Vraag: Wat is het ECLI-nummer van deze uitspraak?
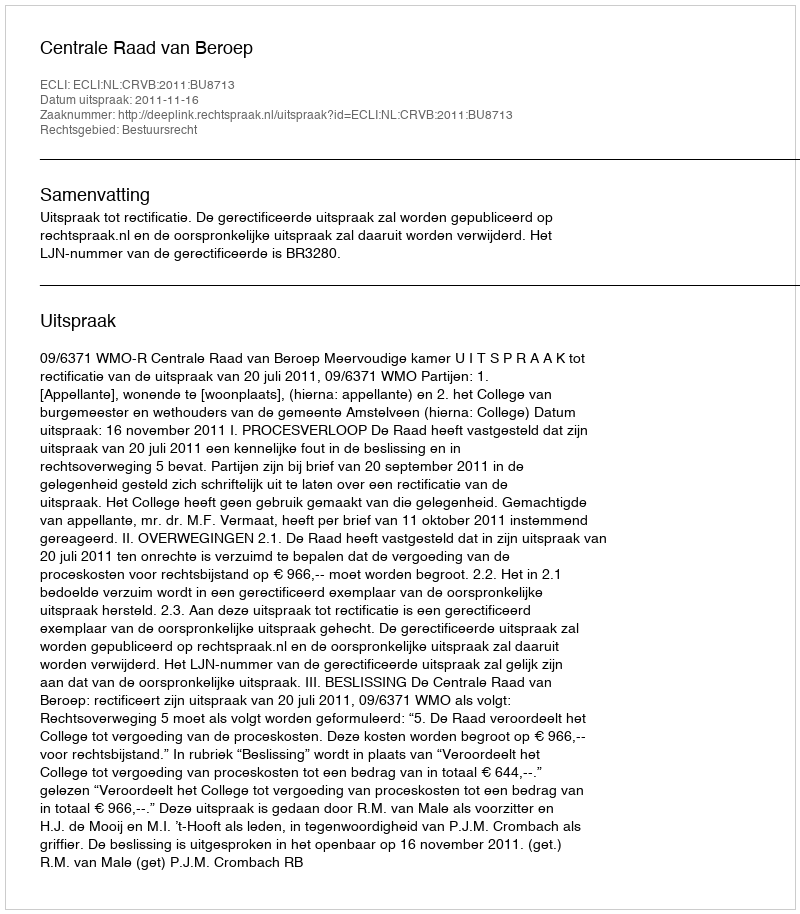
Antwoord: ECLI:NL:CRVB:2011:BU8713